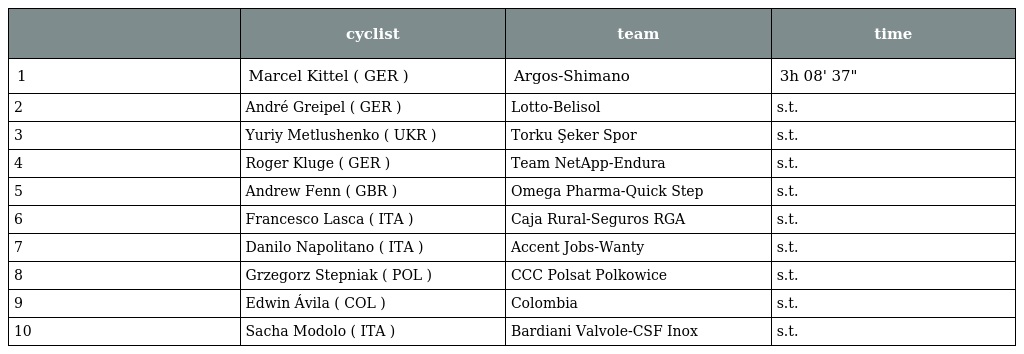
|  | cyclist | team | time |
 | --- | --- | --- | --- |
 | 1 | Marcel Kittel ( GER ) | Argos-Shimano | 3h 08' 37" |
 | 2 | André Greipel ( GER ) | Lotto-Belisol | s.t. |
 | 3 | Yuriy Metlushenko ( UKR ) | Torku Şeker Spor | s.t. |
 | 4 | Roger Kluge ( GER ) | Team NetApp-Endura | s.t. |
 | 5 | Andrew Fenn ( GBR ) | Omega Pharma-Quick Step | s.t. |
 | 6 | Francesco Lasca ( ITA ) | Caja Rural-Seguros RGA | s.t. |
 | 7 | Danilo Napolitano ( ITA ) | Accent Jobs-Wanty | s.t. |
 | 8 | Grzegorz Stepniak ( POL ) | CCC Polsat Polkowice | s.t. |
 | 9 | Edwin Ávila ( COL ) | Colombia | s.t. |
 | 10 | Sacha Modolo ( ITA ) | Bardiani Valvole-CSF Inox | s.t. |